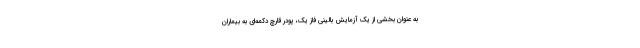
به عنوان بخشی از یک آزمایش بالینی فاز یک، پودر قارچ دکمه‌ای به بیماران